Senior Leaving Certificate Examination (including Day School Certificate (Higher) General paper), 1947
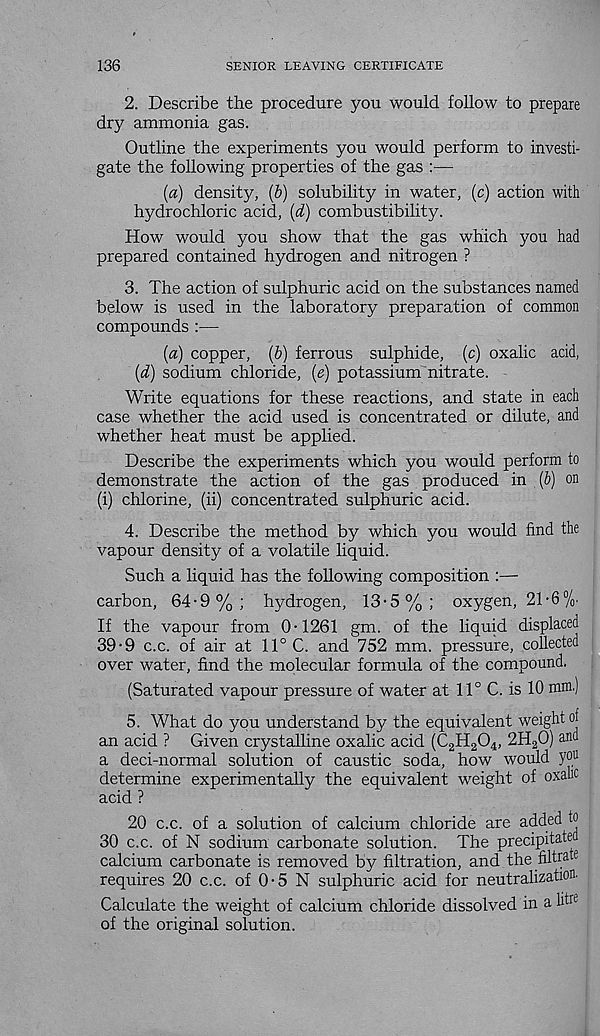
136
SENIOR LEAVING CERTIFICATE
2. Describe the procedure you would follow to prepare
dry ammonia gas.
Outline the experiments you would perform to investi-
gate the following properties of the gas :—
(a) density, {b) solubility in water, (c) action with
hydrochloric acid, (d) combustibility.
How would you show that the gas which you had
prepared contained hydrogen and nitrogen ?
3. The action of sulphuric acid on the substances named
below is used in the laboratory preparation of common
compounds :—
(a) copper, (b) ferrous sulphide, (c) oxalic acid,
(d) sodium chloride, {e) potassium nitrate.
Write equations for these reactions, and state in each
case whether the acid used is concentrated or dilute, and
whether heat must be applied.
Describe the experiments which you would perform to
demonstrate the action of the gas produced in (V) on
(i) chlorine, (ii) concentrated sulphuric acid.
4. Describe the method by which you would find the
vapour density of a volatile liquid.
Such a liquid has the following composition :—
carbon, 64-9%; hydrogen, 13-5%; oxygen, 21-6%
If the vapour from 0-1261 gm. of the liquid displaced
39-9 c.c. of air at 11° C. and 752 mm. pressure, collected
over water, find the molecular formula of the compound.
(Saturated vapour pressure of water at 11° C. is 10 mm.)
5. What do you understand by the equivalent weight of
an acid ? Given crystalline oxalic acid (C 2 H 2 0 4 , 2H 2 0) and
a deci-normal solution of caustic soda, how would you
determine experimentally the equivalent weight of oxalic
acid ?
20 c.c. of a solution of calcium chloride are added to
30 c.c. of N sodium carbonate solution. The precipitated
calcium carbonate is removed by filtration, and the filhat 6
requires 20 c.c. of 0-5 N sulphuric acid for neutralization.
Calculate the weight of calcium chloride dissolved in a litre
of the original solution.